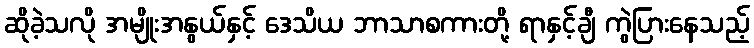
ဆိုခဲ့သလို အမျိုးအနွယ်နှင့် ဒေသိယ ဘာသာစကားတို့ ရာနှင့်ချီ ကွဲပြားနေသည့်